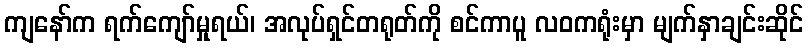
ကျနော်က ရက်ကျော်မှုရယ်၊ အလုပ်ရှင်တရုတ်ကို စင်ကာပူ လဝကရုံးမှာ မျက်နှာချင်းဆိုင်